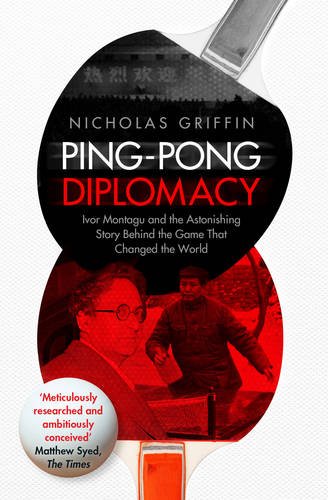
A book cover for Ping-Pong Diplomacy: Ivor Montagu and the Astonishing Story Behind the Game That Changed the World; Nicholas Griffin; Sports & Outdoors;